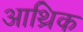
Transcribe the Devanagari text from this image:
आथ्रिक